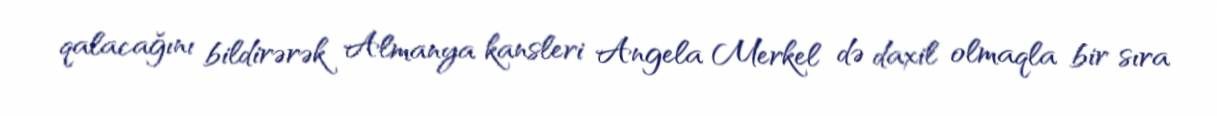
qalacağını bildirərək Almanya kansleri Angela Merkel də daxil olmaqla bir sıra